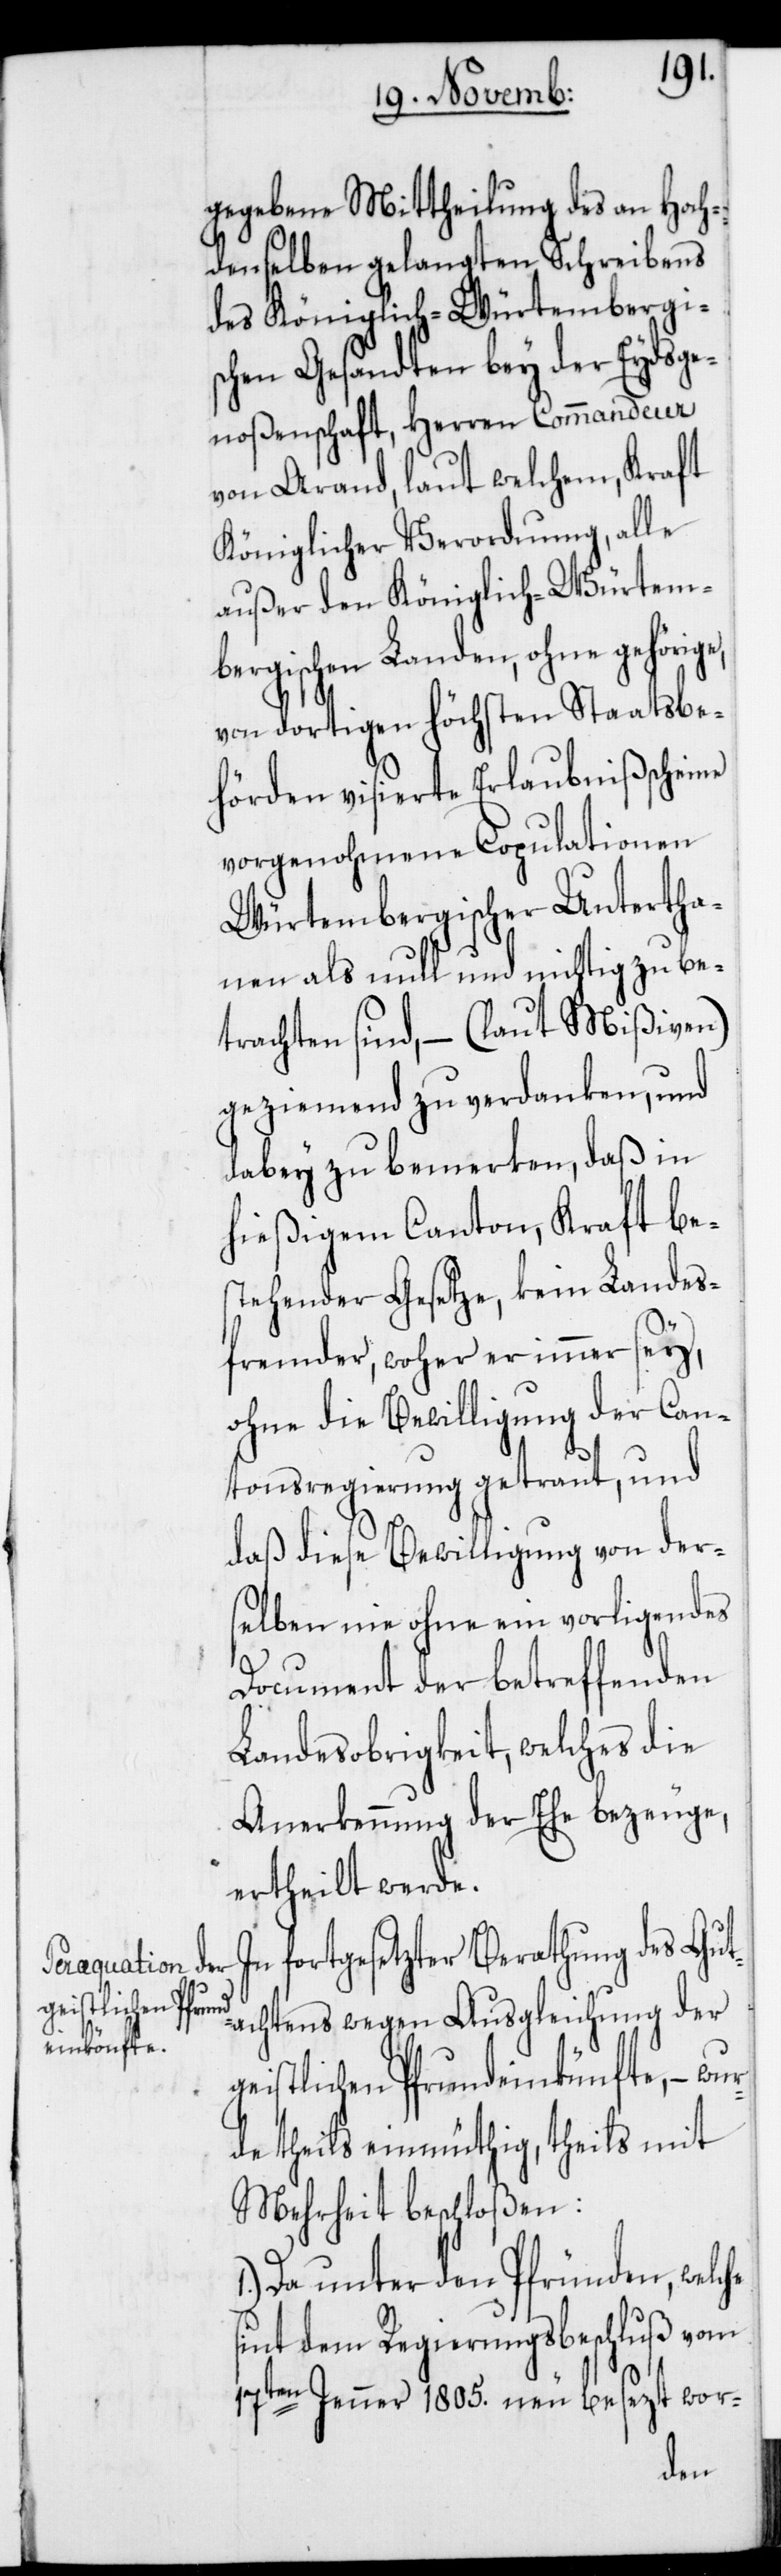
gegebene Mittheilung des an Hoch¬
denselben gelangten Schreibens
des Königlich-Würtembergi¬
schen Gesandten bey der Eydsge¬
noßenschaft, Herren Commandeur
von Arand, laut welchem, Kraft
Königlicher Verordnung, alle
außer den Königlich-Würtem¬
bergischen Landen, ohne gehörige,
von dortigen höchsten Staatsbe¬
hörden visierte Erlaubnißscheine
vorgenohmene Copulationen
Würtembergischer Untertha¬
nen als null und nichtig zu be¬
trachten sind, – (laut Mißiven)
geziemend zu verdanken, und
dabey zu bemerken, daß in
hießigem Canton, Kraft be¬
stehender Gesetze, kein Landes¬
fremder, woher er immer sey,
ohne die Bewilligung der Can¬
tonsregierung getraut, und
daß diese Bewilligung von der¬
selben nie ohne ein vorligendes
Document der betreffenden
Landesobrigkeit, welches die
Anerkennung der Ehe bezeuge,
ertheilt werde.
fortgesetzter Berathung des Gut¬
achtens wegen Ausgleichung der
geistlichen Pfrundeinkünfte, – wur¬
de theils einmüthig, theils mit
Mehrheit beschloßen:
1.) Da unter den Pfründen, welche
sint dem Regierungsbeschluß vom
17ten Jenner 1805. neu besezt wor-